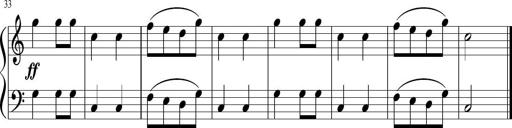
Title: 6 Instructive Sonatinas
Composer: Jacob Schmitt